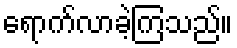
ရောက်လာခဲ့ကြသည်။